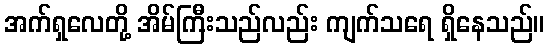
အက်ရှလေတို့ အိမ်ကြီးသည်လည်း ကျက်သရေ ရှိနေသည်။